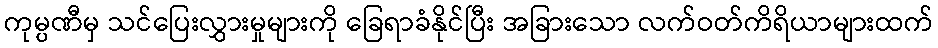
ကုမ္ပဏီမှ သင်ပြေးလွှားမှုများကို ခြေရာခံနိုင်ပြီး အခြားသော လက်ဝတ်ကိရိယာများထက်